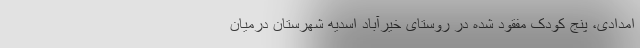
امدادی، پنج کودک مفقود شده در روستای خیرآباد اسدیه شهرستان درمیان